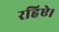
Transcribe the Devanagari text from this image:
रहिऐ।